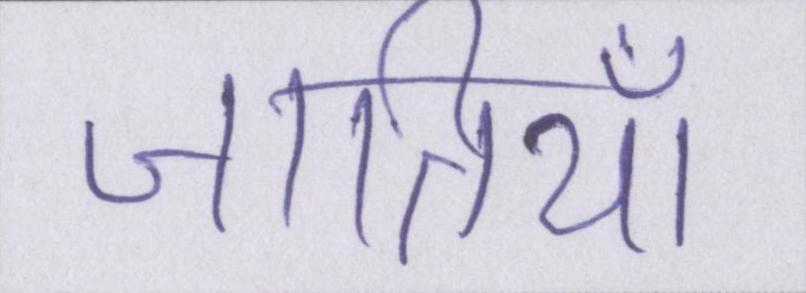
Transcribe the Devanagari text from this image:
जातियाँ